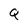
Character: Q